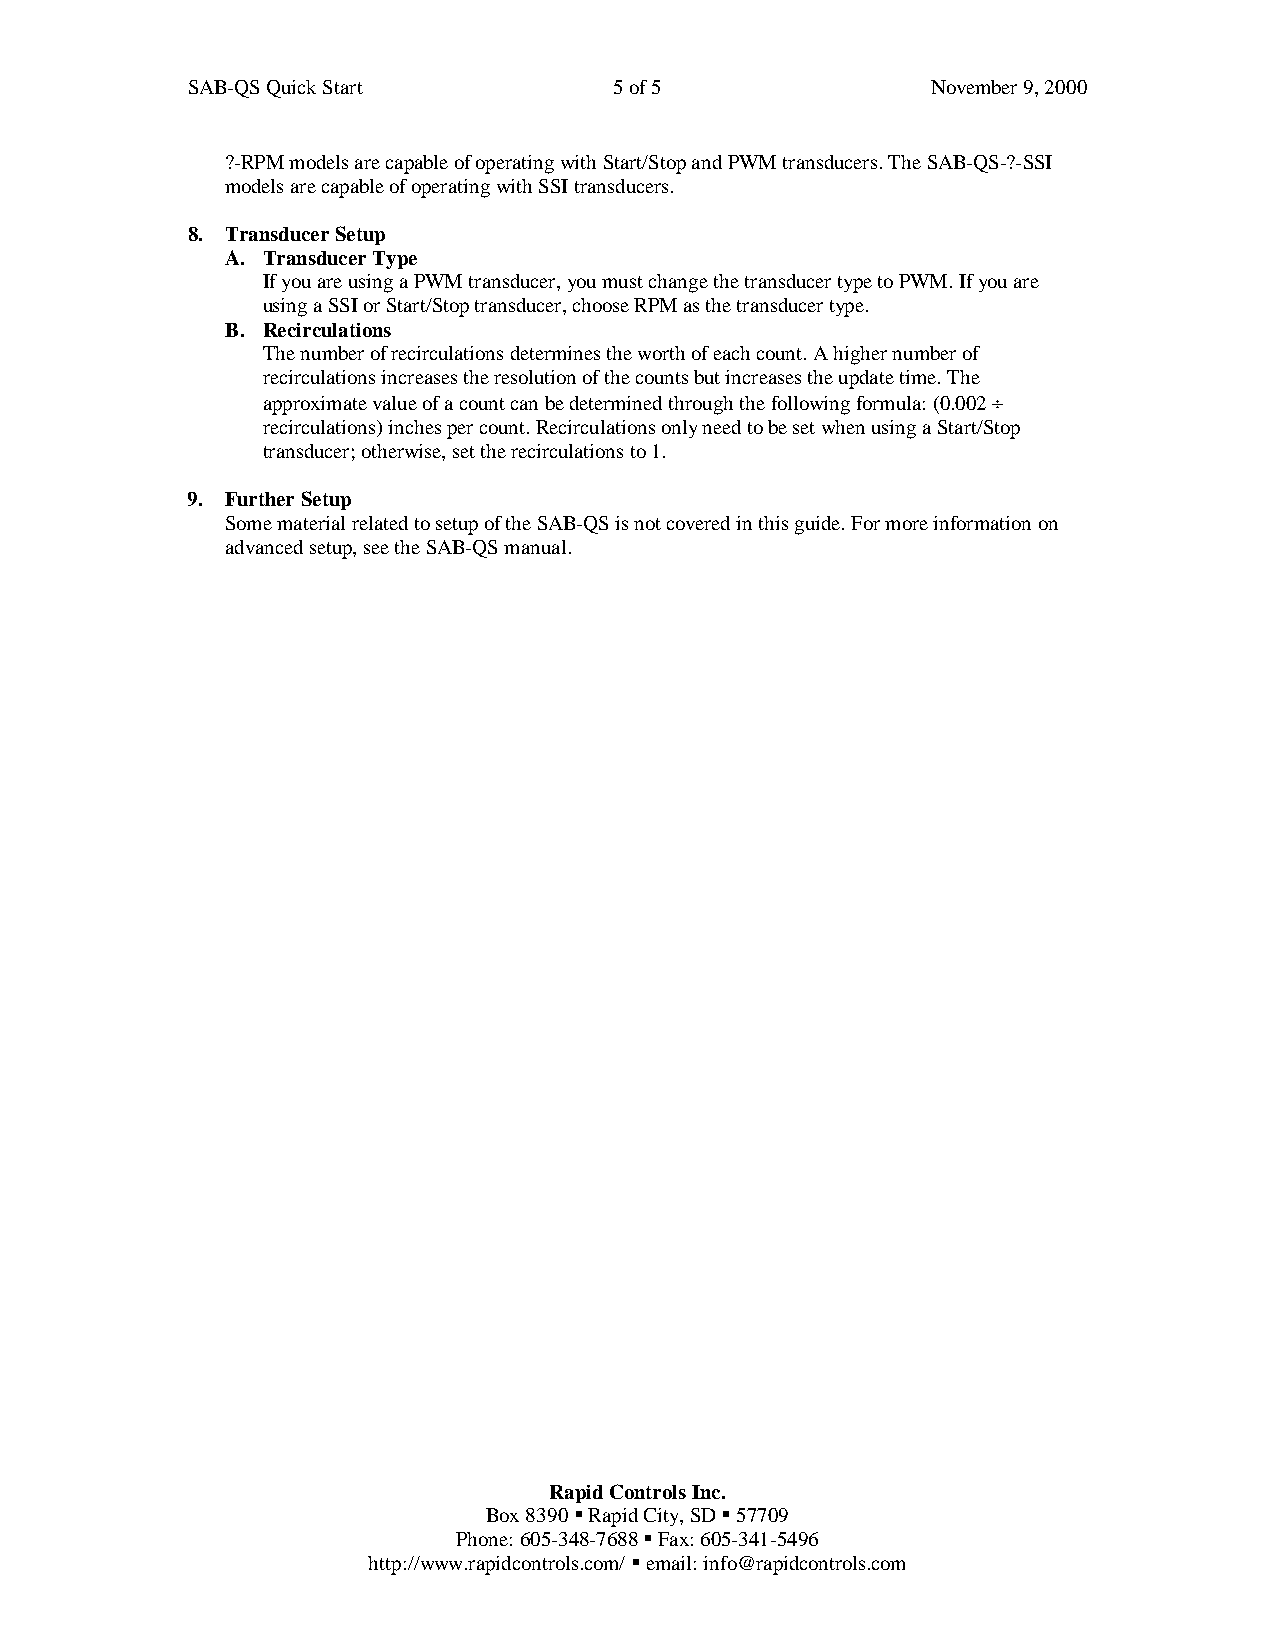
SAB-QS Quick Start           5 of 5               November 9, 2000
 ?-RPM models are capable of operating with Start/Stop and PWM transducers. The SAB-QS-?-SSI
 models are capable of operating with SSI transducers.
 8. Transducer Setup
 A. Transducer Type
 If you are using a PWM transducer, you must change the transducer type to PWM. If you are
 using a SSI or Start/Stop transducer, choose RPM as the transducer type.
 B. Recirculations
 The number of recirculations determines the worth of each count. A higher number of
 recirculations increases the resolution of the counts but increases the update time. The
 approximate value of a count can be determined through the following formula: (0.002 ‚
 recirculations) inches per count. Recirculations only need to be set when using a Start/Stop
 transducer; otherwise, set the recirculations to 1.
 9. Further Setup
 Some material related to setup of the SAB-QS is not covered in this guide. For more information on
 advanced setup, see the SAB-QS manual.
 Rapid Controls Inc.
 Box 8390 § Rapid City, SD § 57709
 Phone: 605-348-7688 § Fax: 605-341-5496
 http://www.rapidcontrols.com/ § email: info@rapidcontrols.com